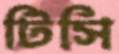
টিসি